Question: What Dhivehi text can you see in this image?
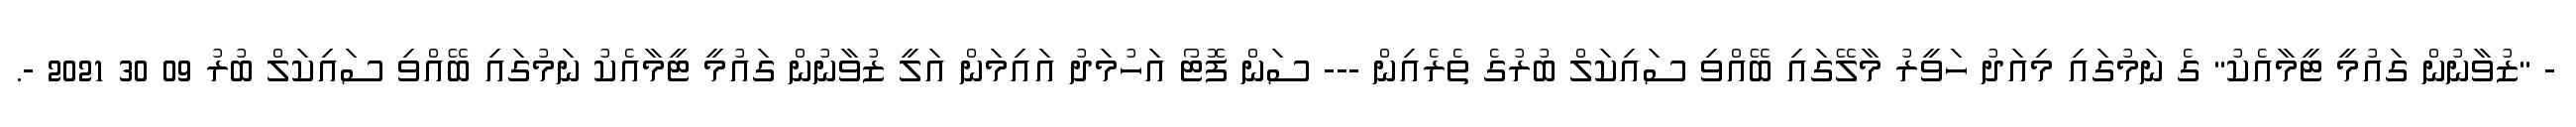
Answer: - "ޒުވާނުން ގައުމީ ޓީމާއެކު" ގެ ނަމުގައި މިއަދު ހަވީރު މާލޭގައި ބޭއްވި ސައިކަލް ބުރުގެ ތެރެއިން --- ސަން ފޮޓޯ އަހުމަދު އައިމަން އަލީ ޒުވާނުން ގައުމީ ޓީމާއެކު ނަމުގައި ބޭއްވި ސައިކަލް ބުރު 09 30 2021 -.